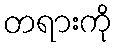
တရားကို